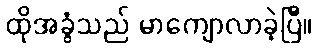
ထိုအခွံသည် မာကျောလာခဲ့ပြီ။